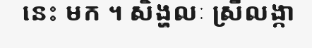
នេះ មក ។ សិង្ហលៈ ស្រីលង្កា